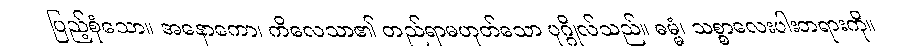
ပြည့်စုံသော။ အနောကော၊ ကိလေသာ၏ တည်ရာမဟုတ်သော ပုဂ္ဂိုလ်သည်။ ဓမ္မံ၊ သစ္စာလေးပါးတရားကို။